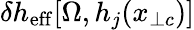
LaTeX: \delta h_{\mathrm{eff}}[\Omega,h_{j}(x_{\perp c})]